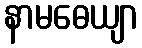
နာမဓေယျာ